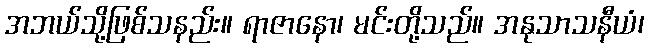
အဘယ်သို့ဖြစ်သနည်း။ ရာဇာနော၊ မင်းတို့သည်။ အနုသာသနီယံ၊